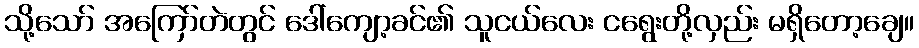
သို့သော် အကြော်တဲတွင် ဒေါ်ကျော့ခင်၏ သူငယ်လေး ငရွေးတို့လှည်း မရှိတော့ချေ။